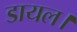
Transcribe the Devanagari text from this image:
डायल।